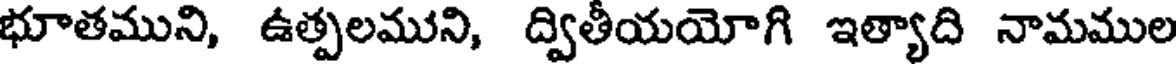
భూతముని, ఉత్పలముని, ద్వితీయయోగి ఇత్యాది నామముల